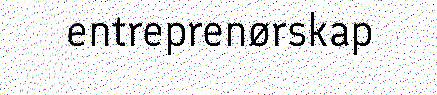
entreprenørskap